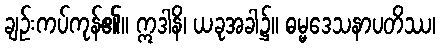
ချဉ်းကပ်ကုန်၏။ ဣဒါနိ၊ ယခုအခါ၌။ ဓမ္မဒေသနာပတိဿ၊